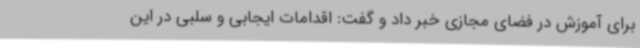
برای آموزش در فضای مجازی خبر داد و گفت: اقدامات ایجابی و سلبی در این